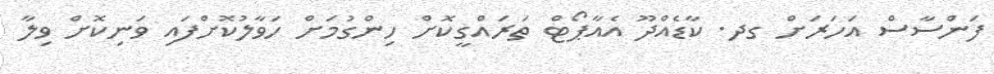
ފަންސާސް އަހަރަށް ގދ. ކާޑެއްދޫ އެއާޕޯޓް ތަރައްގީކޮށް ހިންގުމަށް ހަވާލުކޮށްފައި ވަނިކޮށް ވިލާ